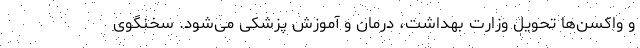
و واکسن‌ها تحویل وزارت بهداشت، درمان و آموزش پزشکی می‌شود. سخنگوی